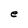
Character: e